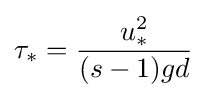
\tau _{*}={\frac {u_{*}^{2}}{(s-1)gd}}